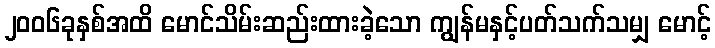
၂၀၀၆ခုနှစ်အထိ မောင်သိမ်းဆည်းထားခဲ့သော ကျွန်မနှင့်ပတ်သက်သမျှ မောင့်